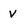
Character: v